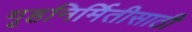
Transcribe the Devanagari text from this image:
गृहनिर्मितीसाठी